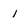
Character: 1